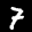
Label: 7